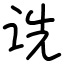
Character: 诜